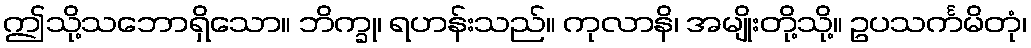
ဤသို့သဘောရှိသော။ ဘိက္ခု၊ ရဟန်းသည်။ ကုလာနိ၊ အမျိုးတို့သို့။ ဥပသင်္ကမိတုံ၊